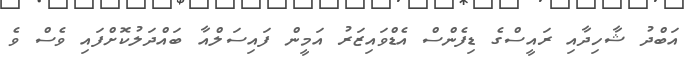
އަބްދު ޝާހިދާއި ރައީސްގެ ޑިފެންސް އެޑްވައިޒަރު އަމީން ފައިސަލްއާ ބައްދަލުކޮށްފައި ވެސް ވެ